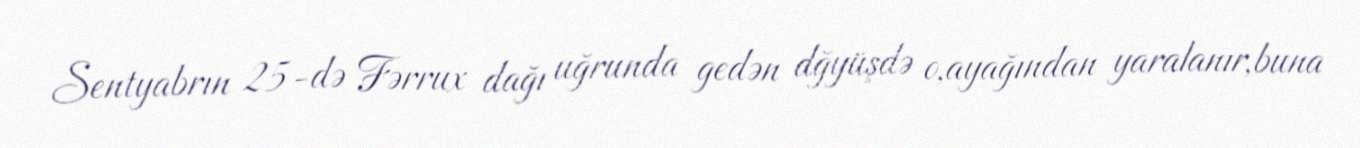
Sentyabrın 25-də Fərrux dağı uğrunda gedən dğyüşdə o,ayağından yaralanır,buna